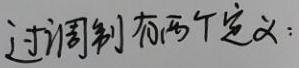
过调制有两个定义：